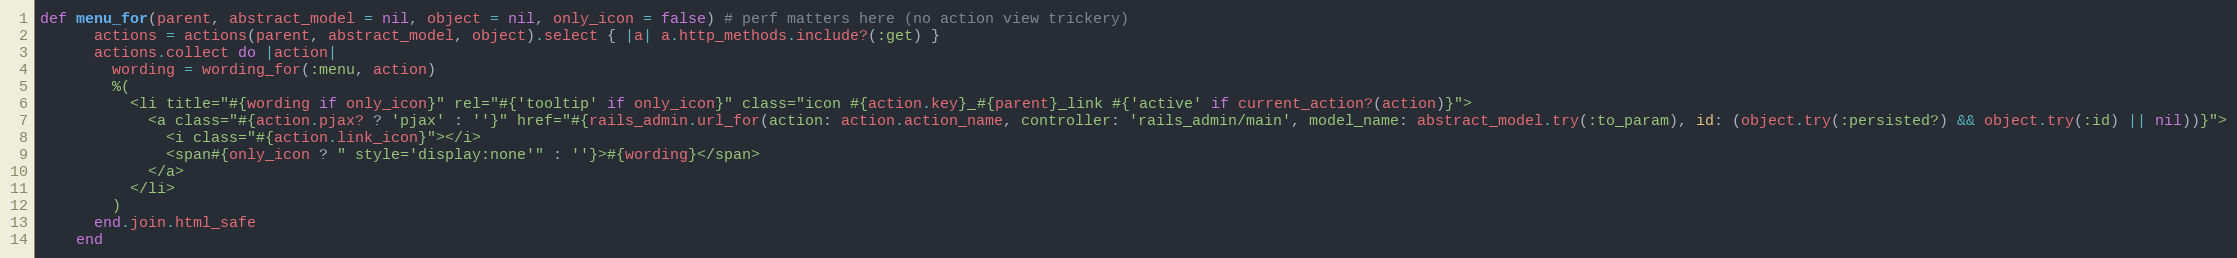
Language: Ruby
def menu_for(parent, abstract_model = nil, object = nil, only_icon = false) # perf matters here (no action view trickery)
      actions = actions(parent, abstract_model, object).select { |a| a.http_methods.include?(:get) }
      actions.collect do |action|
        wording = wording_for(:menu, action)
        %(
          <li title="#{wording if only_icon}" rel="#{'tooltip' if only_icon}" class="icon #{action.key}_#{parent}_link #{'active' if current_action?(action)}">
            <a class="#{action.pjax? ? 'pjax' : ''}" href="#{rails_admin.url_for(action: action.action_name, controller: 'rails_admin/main', model_name: abstract_model.try(:to_param), id: (object.try(:persisted?) && object.try(:id) || nil))}">
              <i class="#{action.link_icon}"></i>
              <span#{only_icon ? " style='display:none'" : ''}>#{wording}</span>
            </a>
          </li>
        )
      end.join.html_safe
    end